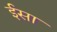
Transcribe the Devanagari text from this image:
र्इसा